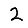
Digit: 2